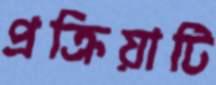
প্রক্রিয়াটি